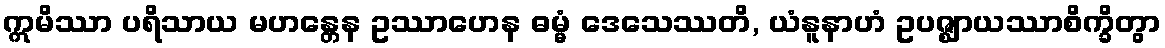
ဣမိဿာ ပရိသာယ မဟန္တေန ဥဿာဟေန ဓမ္မံ ဒေသေဿတိ, ယံနူနာဟံ ဥပဇ္ဈာယဿာစိက္ခိတွာ